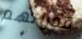
قدراتهم